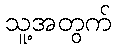
သူ့အတွက်